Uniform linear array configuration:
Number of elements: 32
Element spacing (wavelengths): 0.25
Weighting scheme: binomial
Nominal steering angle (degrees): -60
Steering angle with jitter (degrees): -60.809
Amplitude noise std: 0.05
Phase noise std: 0.05

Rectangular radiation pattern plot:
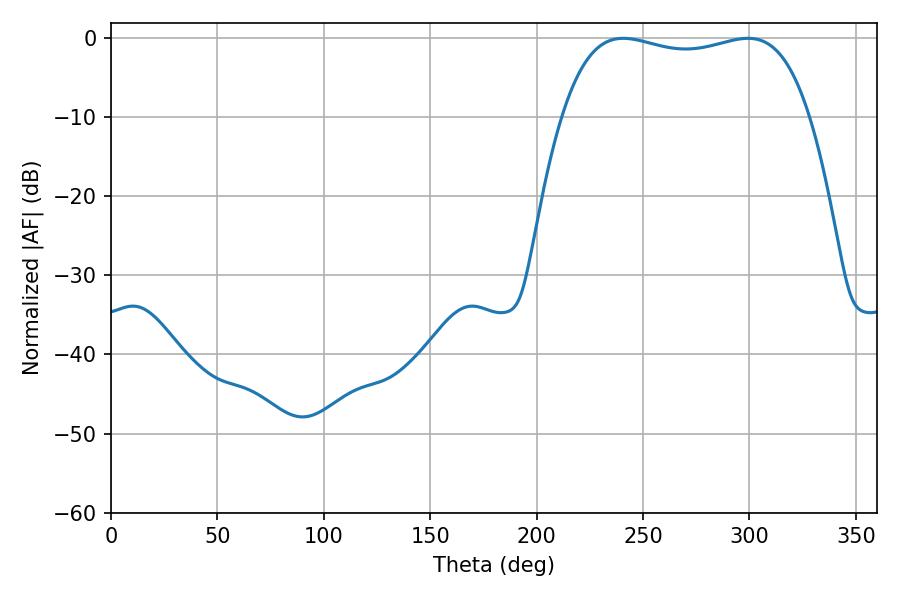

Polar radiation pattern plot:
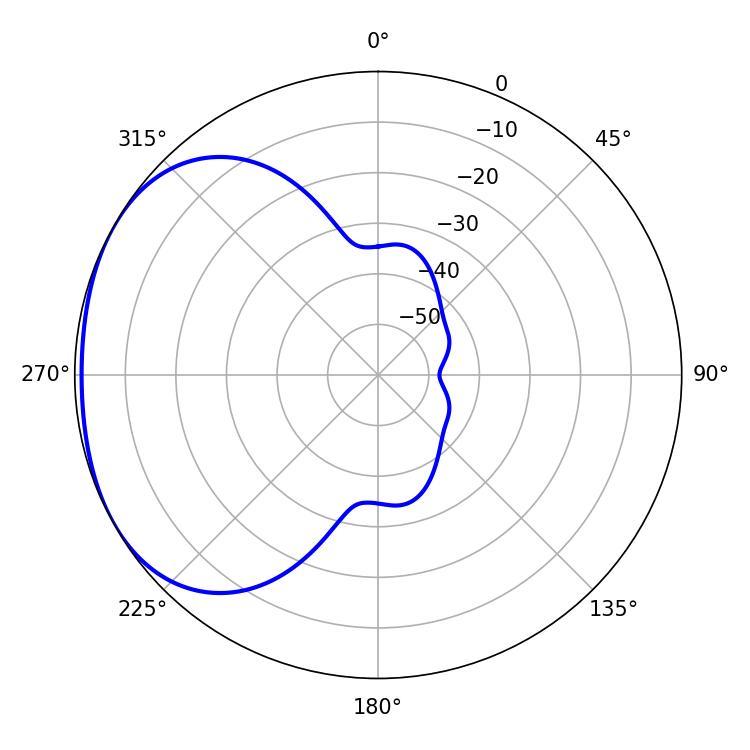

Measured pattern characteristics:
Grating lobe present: FALSE
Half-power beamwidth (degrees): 93.96
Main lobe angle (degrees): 240.66